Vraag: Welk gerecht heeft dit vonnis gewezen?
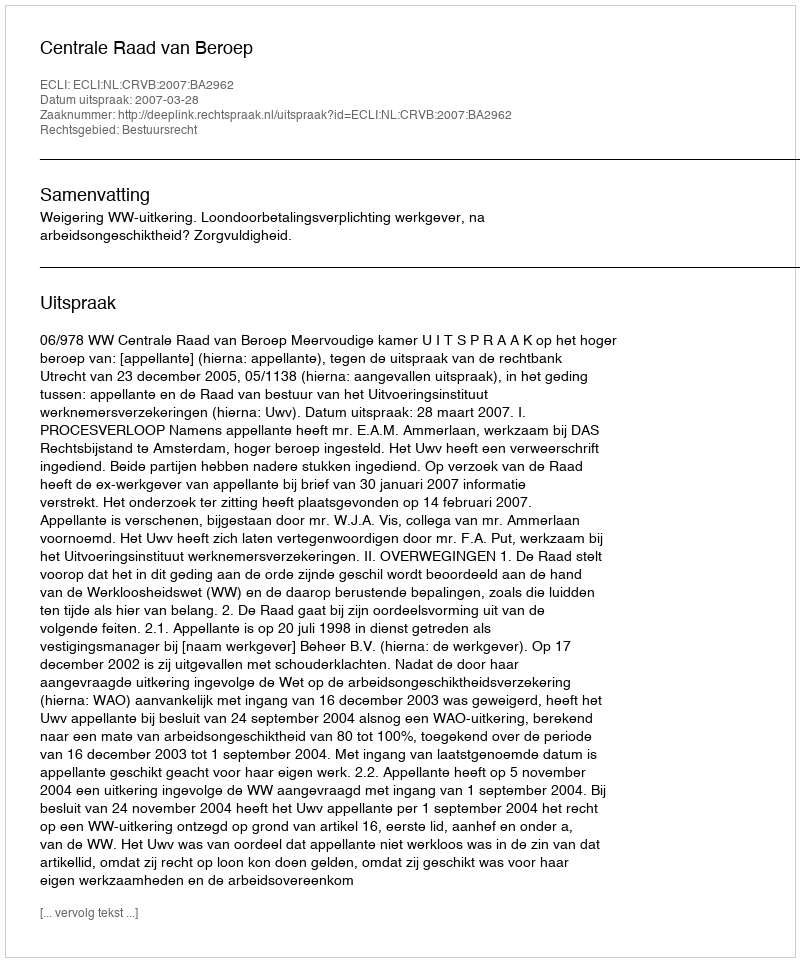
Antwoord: Centrale Raad van Beroep